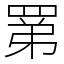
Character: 罤